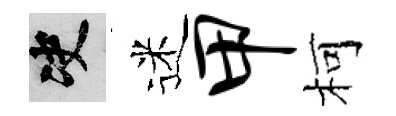
决迷甲柯